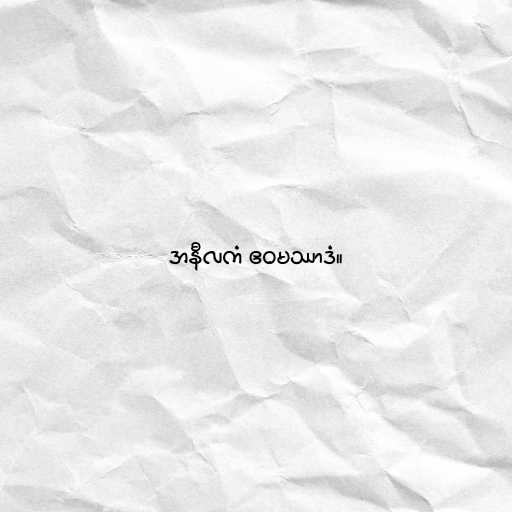
အနီလကံ ဧဝမဿာဒံ။